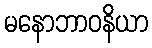
မနောဘာဝနိယာ